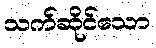
သက်ဆိုင်သော